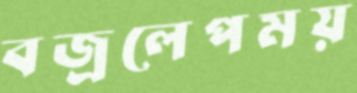
বজ্রলেপময়